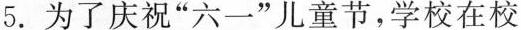
5. 为了庆祝”六一”儿童节，学校在校